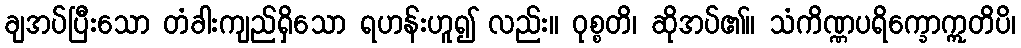
ချအပ်ပြီးသော တံခါးကျည်ရှိသော ရဟန်းဟူ၍ လည်း။ ဝုစ္စတိ၊ ဆိုအပ်၏။ သံကိဏ္ဏပရိက္ခောဣတိပိ၊